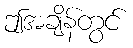
ဤအချိန်တွင်